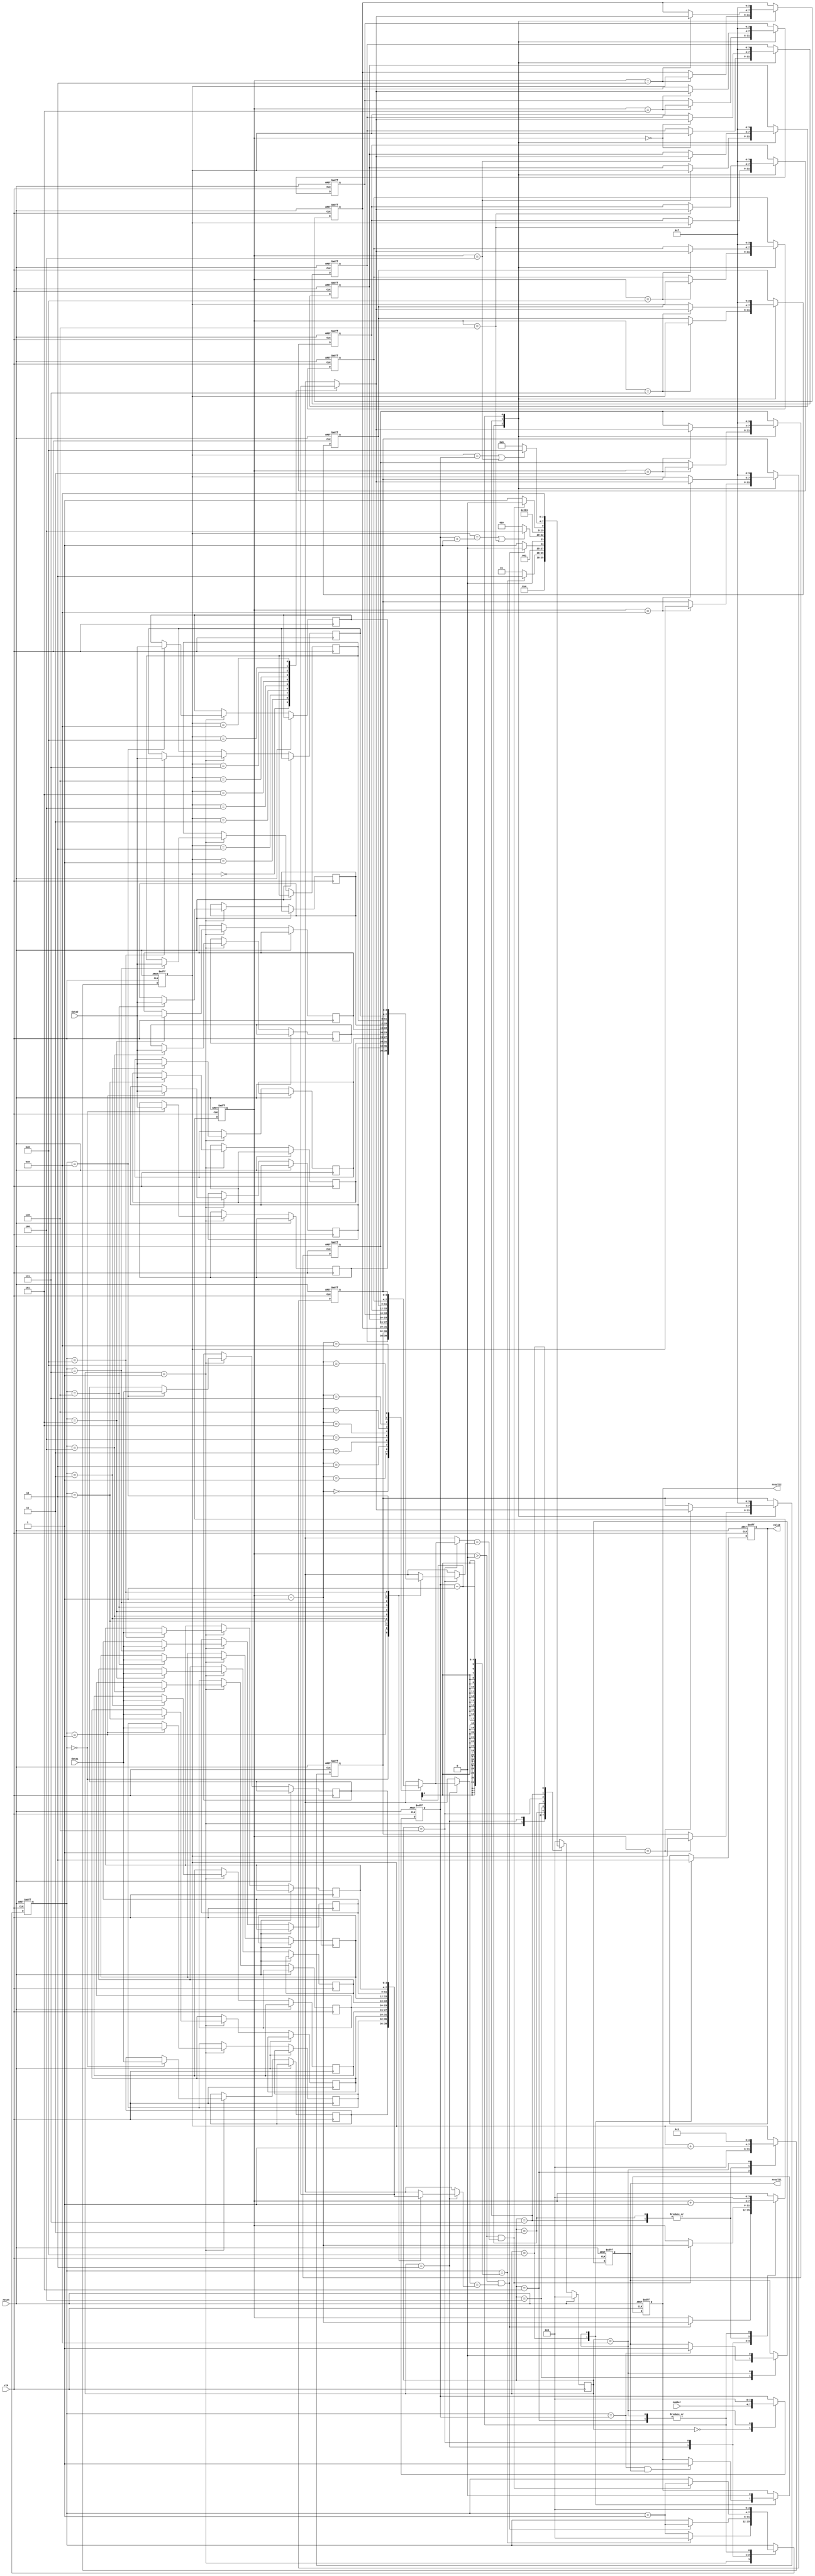
module rails(clk, reset, number, data1, data2, valid, result1, result2);

input        clk;
input        reset;
input  [3:0] number;
input  [3:0] data1;
input  [3:0] data2;
output  reg  valid;
output  reg  result1; 
output  reg  result2;

localparam   NUMBER_IN = 4'd0;
localparam   DATA_IN = 4'd1;
localparam   STATION1_POP = 4'd2;
localparam   STATION1_PUSH = 4'd3;
localparam   OUT1 = 4'd4;
localparam   WAIT1 = 4'd5;
localparam   STATION2_POP = 4'd6;
localparam   STATION2_PUSH = 4'd7;
localparam   OUT2 = 4'd8;
localparam   WAIT2 = 4'd9;


reg    [3:0] state, nextState;
reg    [3:0] num;
reg    [3:0] index, station_index, sequence_index;
reg    [3:0] station [0:9];//station stack
reg    [3:0] order1 [0:9];//input order(The required departure order leaving station1)
reg    [3:0] order2 [0:9];//input order(The required departure order leaving station2)

wire   [3:0] station_index_minus_one = station_index - 4'd1;

integer i;

always @(*) begin
    case(state)
        NUMBER_IN:begin
            nextState = DATA_IN;
        end
        DATA_IN:begin
            if(index == num - 1) nextState = STATION1_POP;
            else nextState = DATA_IN;
        end
        STATION1_POP:begin
            if((station_index > 4'd0) && (station[station_index_minus_one] == order1[index])) nextState = STATION1_POP;
            else nextState = STATION1_PUSH;
        end
        STATION1_PUSH:begin
            if((sequence_index == num + 1) || (station_index == 4'd6)) nextState = OUT1;
            else nextState = STATION1_POP;
        end
        OUT1:begin
            nextState = WAIT1;
        end
		WAIT1:begin
            nextState = STATION2_POP;
		end
		STATION2_POP:begin
            if((station_index > 4'd0) && (station[station_index_minus_one] == order2[index])) nextState = STATION2_POP;
            else nextState = STATION2_PUSH;
        end
        STATION2_PUSH:begin
            if((sequence_index == num) || (station_index == 4'd4)) nextState = OUT2;		//
            else nextState = STATION2_POP;
        end
        OUT2:begin
            nextState = WAIT2;
        end
        default:begin
            nextState = NUMBER_IN;
        end
    endcase
end

always @(posedge clk) begin
    if(reset) state <= NUMBER_IN;
    else state <= nextState;
end

always @(posedge clk or posedge reset) begin
    if(reset)begin
        for(i = 0; i < 10; i = i + 1) station[i] <= 4'b1111;
        valid <= 1'b0;
        result1 <= 1'b0;
        result2 <= 1'b0;
        num <= 4'd0;
        index <= 4'd0;
        station_index <= 4'd0;
        sequence_index <= 4'd1;
    end
    else begin
        case(state)
            NUMBER_IN:begin//read number
                num <= number;
            end
            DATA_IN:begin//read data
                order1[index] <= data1;
				order2[index] <= data2;
                if(index == num - 1) index <= 4'd0;
                else index <= index + 1;
            end
            STATION1_POP:begin//compare top with order
                if((station_index > 4'd0) && (station[station_index_minus_one] == order1[index]))begin
                    index <= index + 1;
                    station_index <= station_index - 1;
				end
            end
            STATION1_PUSH:begin//push data into stack
                station[station_index] <= sequence_index;
                station_index <= station_index + 1;
                sequence_index <= sequence_index + 1;
            end
            OUT1:begin//output result1
                if(index == num) result1 <= 1;
            end
            WAIT1:begin//reset register
                for(i = 0; i < 10; i = i + 1) station[i] <= 4'b1111;
                index <= 0;
				station_index <= 4'd0;
				sequence_index <= 4'd0;	//
            end
			STATION2_POP:begin//compare top with order
                if((station_index > 4'd0) && (station[station_index_minus_one] == order2[index]))begin
                    index <= index + 1;
                    station_index <= station_index - 1;
				end
            end
            STATION2_PUSH:begin//push data into stack
                station[station_index] <= order1[sequence_index];	//
                station_index <= station_index + 1;
                sequence_index <= sequence_index + 1;
			end
			OUT2:begin//output result2
				valid <= 1;
                if(index == num && result1) result2 <= 1;
            end
			WAIT2:begin//reset register
                for(i = 0; i < 10; i = i + 1) station[i] <= 4'b1111;
				valid <= 0;
				result1 <= 0;
				result2 <= 0;
				num <= 0;
                index <= 0;
				station_index <= 4'd0;
				sequence_index <= 4'd1;
            end
        endcase
    end
end

endmodule